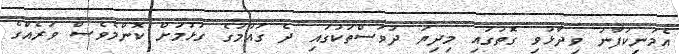
އެމަނިކުފާނު ވިދާޅުވި ގޮތުގައި މިދިޔަ ދުވަސްތަކުގައި ދެ ގައުމުގެ ގުޅުމަށް ކޮންމެވެސް ވަރެއްގެ